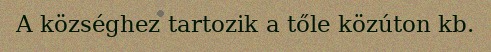
A községhez tartozik a tőle közúton kb.